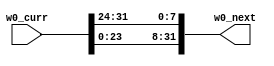
module RotWord (
	w0_curr,
	w0_next

);

input [31:0] w0_curr;
output [31:0] w0_next;

// wire [7:0] state_array[0:3][0:3]; this is how the state array should look ig

assign w0_next = {w0_curr[23:0],w0_curr[31:24]};

endmodule